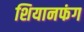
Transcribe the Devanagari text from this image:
शियानफंग